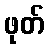
ဖုတ်